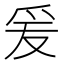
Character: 爰